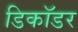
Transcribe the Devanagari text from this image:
डिकॉडर